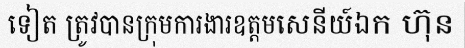
ទៀត ត្រូវបានក្រុមការងារឧត្តមសេនីយ៍ឯក ហ៊ុន